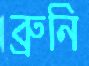
ব্রুনি